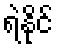
ရဲနိုင်